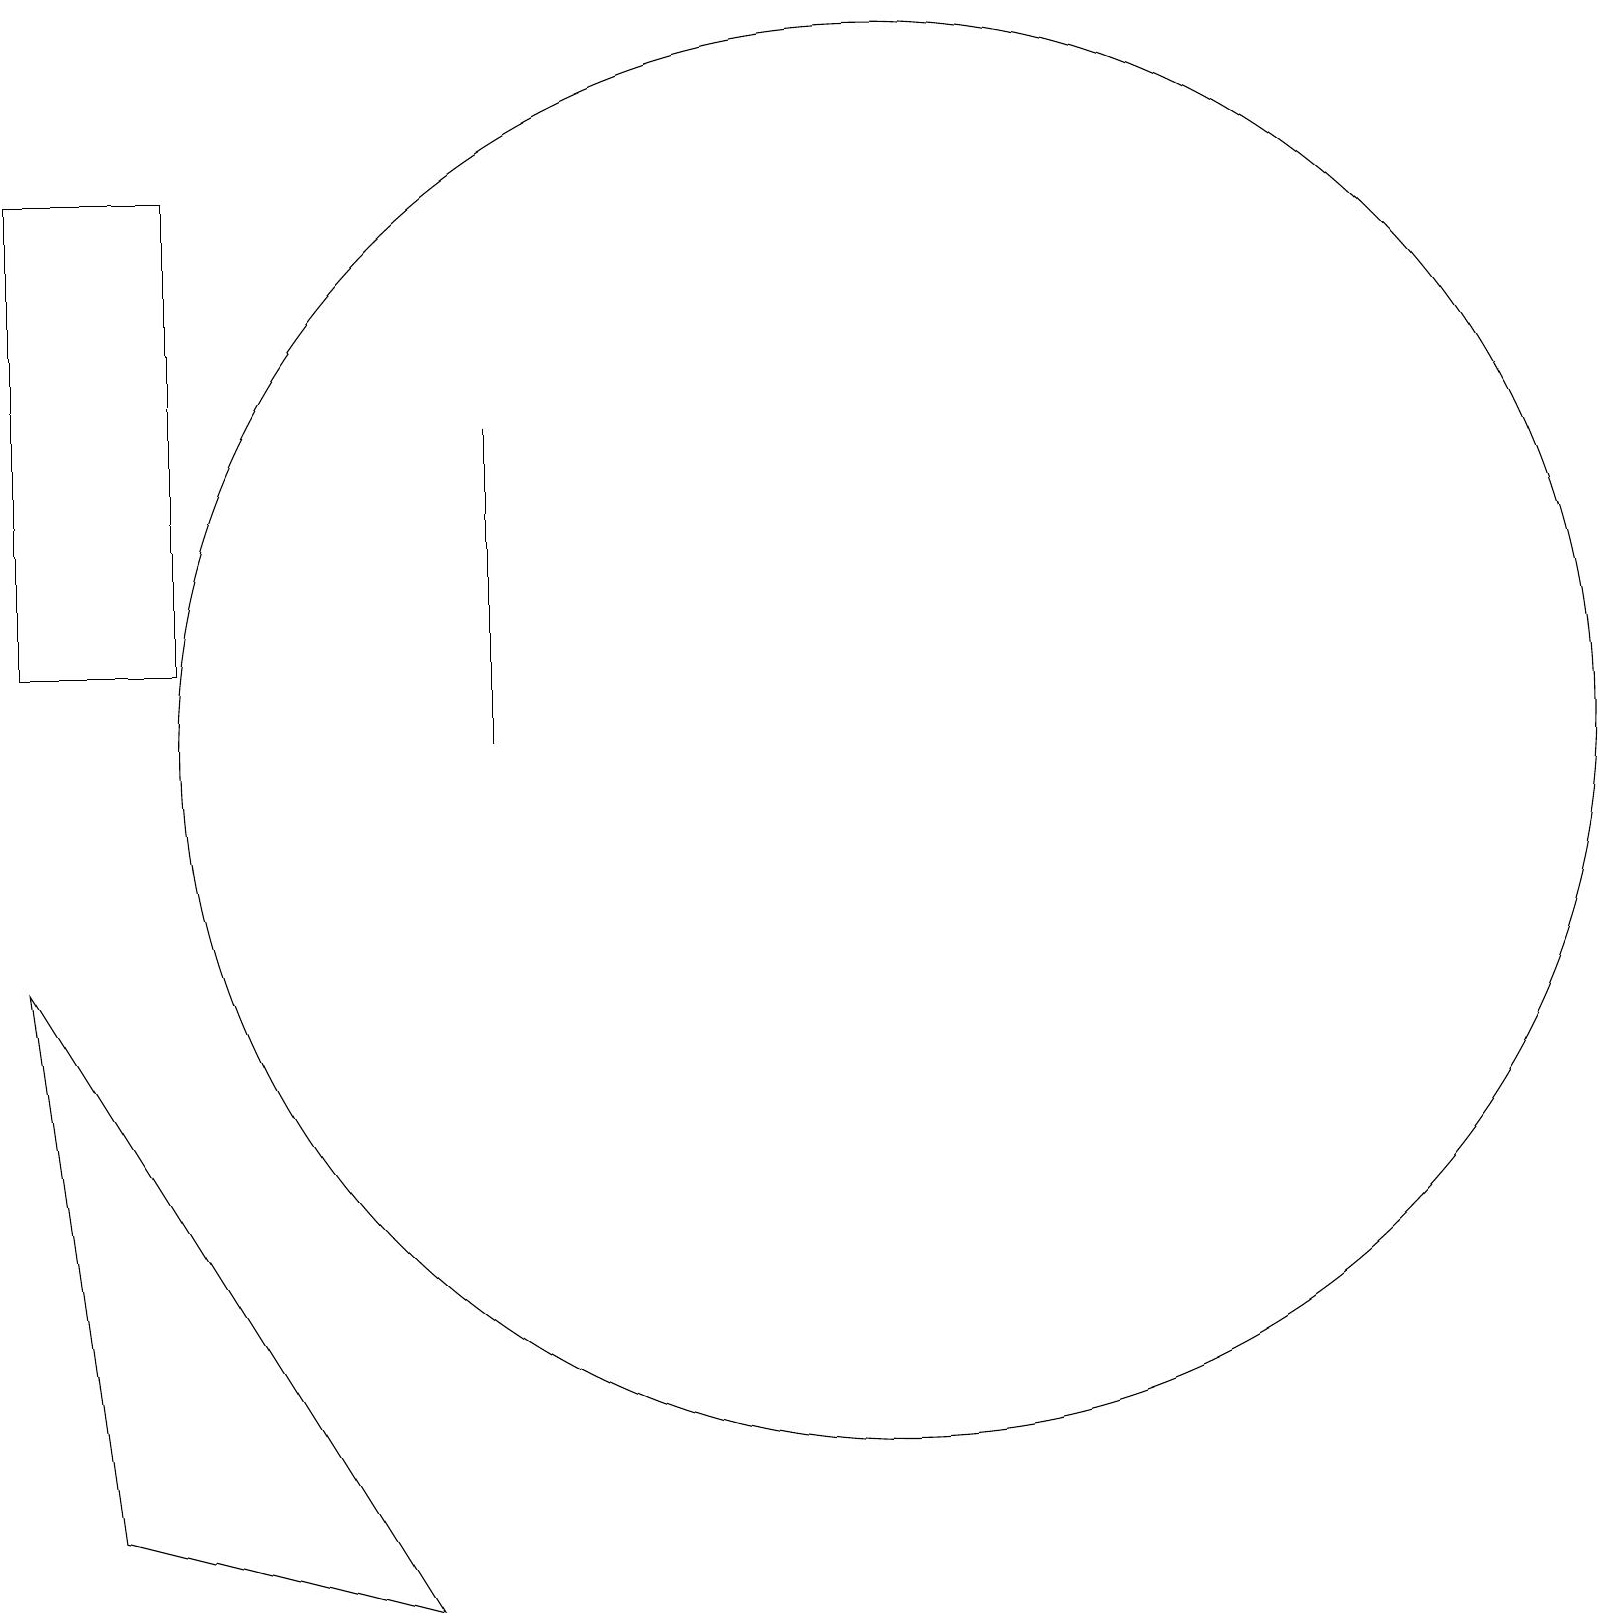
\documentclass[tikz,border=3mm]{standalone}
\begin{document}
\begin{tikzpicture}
\draw (6,11) rectangle (6,15);
\draw (5,0) -- (1,1) -- (0,8) -- cycle;
\draw (11,11) circle (9);
\draw (2,12) rectangle (0,18);
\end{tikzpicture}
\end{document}